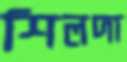
শিলদা